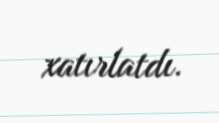
xatırlatdı.